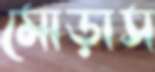
মোড়াস